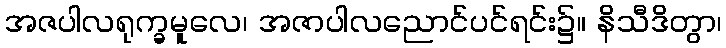
အဇပါလရုက္ခမူလေ၊ အဇာပါလညောင်ပင်ရင်း၌။ နိသီဒိတွာ၊